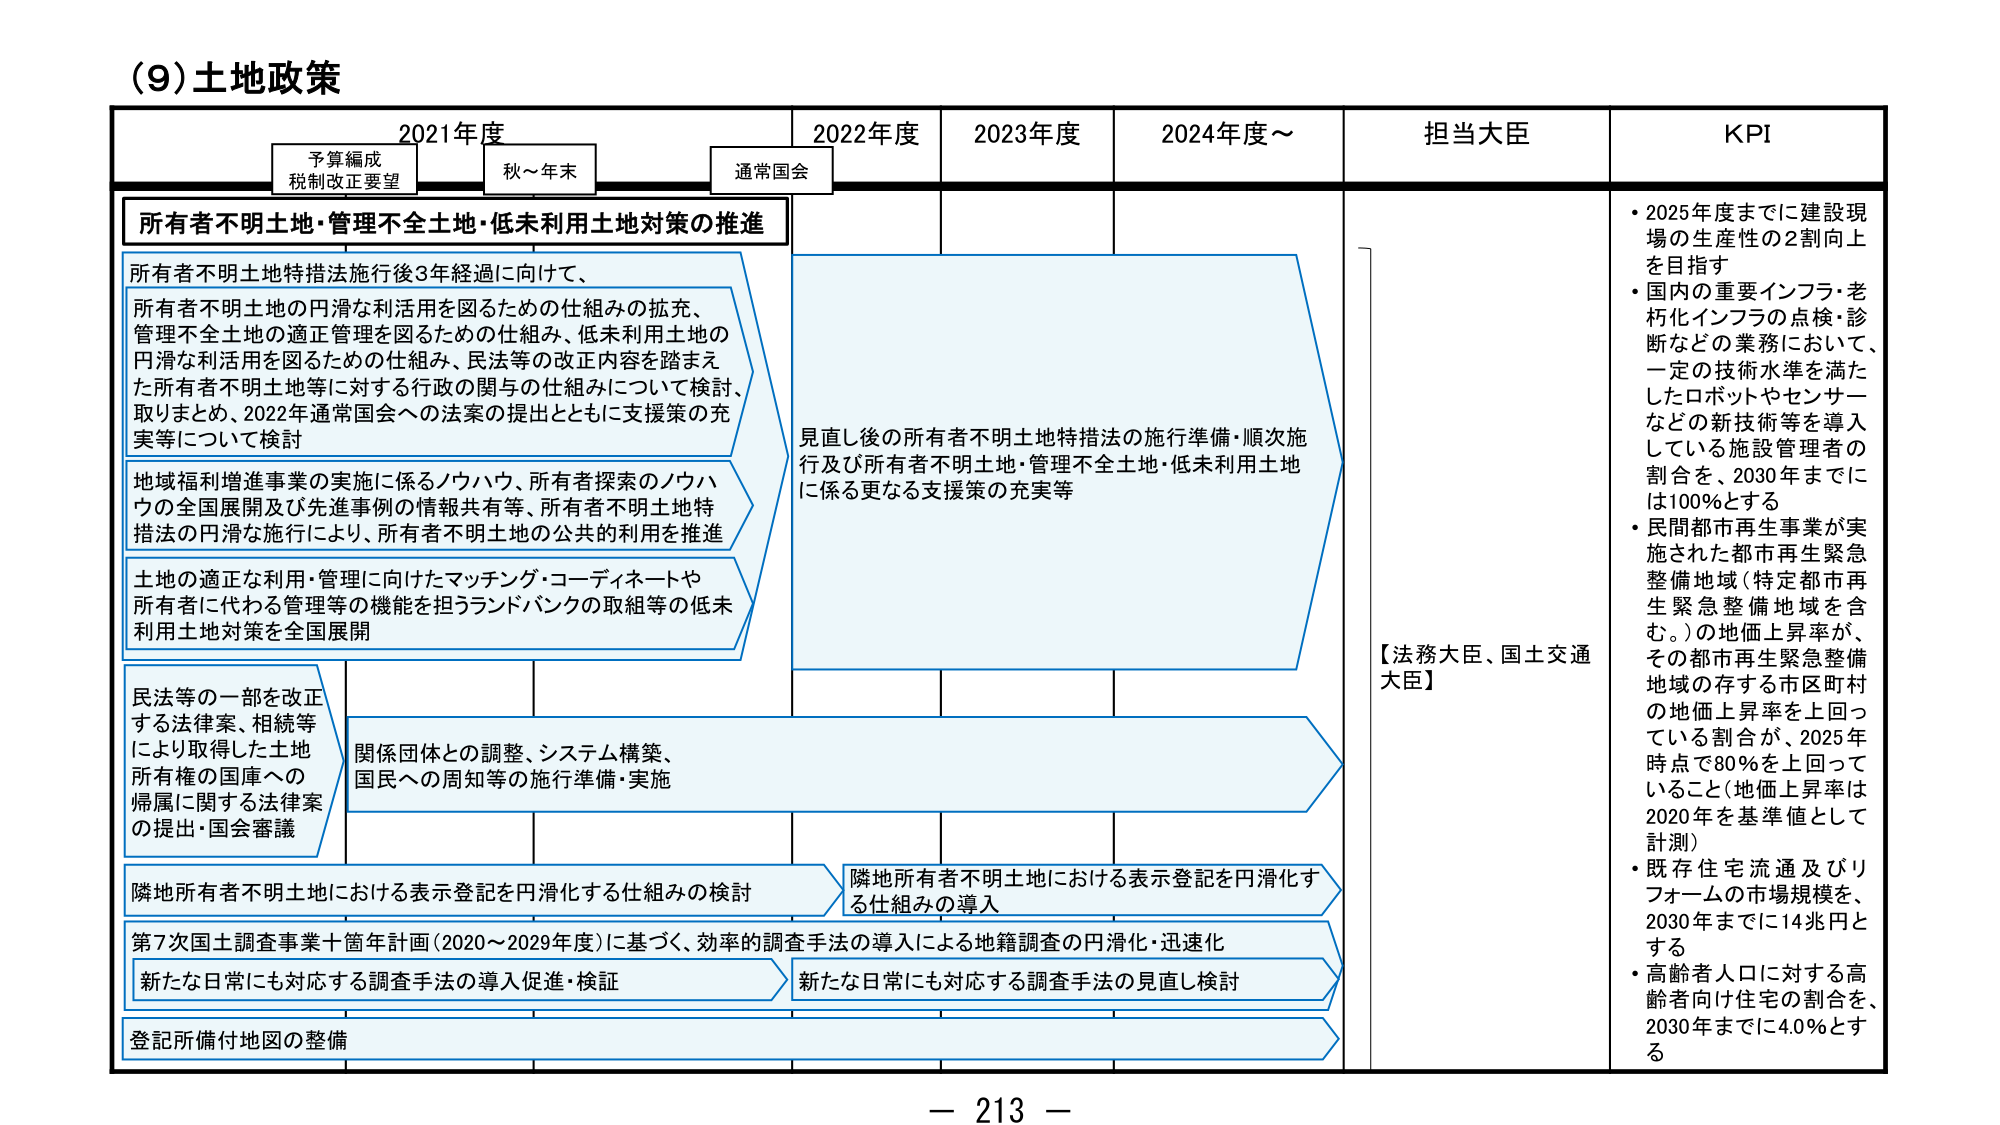
(9)土地政策

2021年度
予算編成
税制改正要望
秋～年末
通常国会

2022年度
2023年度
2024年度～

担当大臣
KPI

所有者不明土地・管理不全土地・低未利用土地対策の推進

所有者不明土地特措法施行後3年経過に向けて、
所有者不明土地の円滑な利活用を図るための仕組みの拡充、
管理不全土地の適正管理を図るための仕組み、低未利用土地の
円滑な利活用を図るための仕組み、民法等の改正内容を踏まえ
た所有者不明土地等に対する行政の関与の仕組みについて検討、
取りまとめ、2022年通常国会への法案の提出とともに支援策の充
実等について検討

地域福利増進事業の実施に係るノウハウ、所有者探索のノウハ
ウの全国展開及び先進事例の情報共有等、所有者不明土地特
措法の円滑な施行により、所有者不明土地の公共的利用を推進

土地の適正な利用・管理に向けたマッチング・コーディネートや
所有者に代わる管理等の機能を担うランドバンクの取組等の低未
利用土地対策を全国展開

民法等の一部を改正
する法律案、相続等
により取得した土地
所有権の国庫への
帰属に関する法律案
の提出・国会審議

関係団体との調整、システム構築、
国民への周知等の施行準備・実施

見直し後の所有者不明土地特措法の施行準備・順次施
行及び所有者不明土地・管理不全土地・低未利用土地
に係る更なる支援策の充実等

隣地所有者不明土地における表示登記を円滑化する仕組みの検討
隣地所有者不明土地における表示登記を円滑化す
る仕組みの導入

第7次国土調査事業＋箇年計画(2020～2029年度)に基づく、効率的調査手法の導入による地籍調査の円滑化・迅速化
新たな日常にも対応する調査手法の導入促進・検証
新たな日常にも対応する調査手法の見直し検討

登記所備付地図の整備

【法務大臣、国土交通
大臣】

・2025年度までに建設現
場の生産性の2割向上
を目指す
・国内の重要インフラ・老
朽化インフラの点検・診
断などの業務において、
一定の技術水準を満た
したロボットやセンサー
などの新技術等を導入
している施設管理者の
割合を、2030年までに
は100％とする
・民間都市再生事業が実
施された都市再生緊急
整備地域（特定都市再
生緊急整備地域を含
む。）の地価上昇率が、
その都市再生緊急整備
地域の存する市区町村
の地価上昇率と回っ
ている割合が、2025年
時点で80％を上回って
いること（地価上昇率は
2020年を基準値として
計測）
・既存住宅流通及びリ
フォームの市場規模を、
2030年までに14兆円と
する
・高齢者人口に対する高
齢者向け住宅の割合を、
2030年までに4.0％とす
る

－ 213 －